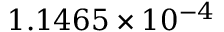
1 . 1 4 6 5 \times 1 0 ^ { - 4 }